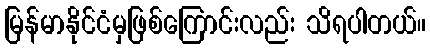
မြန်မာနိုင်ငံမှဖြစ်ကြောင်းလည်း သိရပါတယ်။